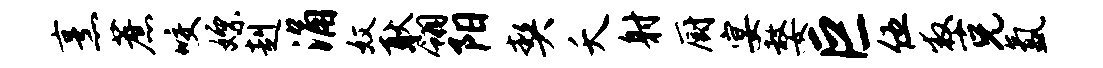
烹蔗咬嫖赳涌奴耿翎阳契夭射厨宴嫠巨伍救克氲